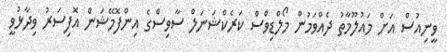
ވީނިއުސް އަށް މައުލޫމާތު ދެއްވަމުން މޯލްޑިވްސް ކަރެކްޝަނަލް ސާވިސްގެ އިންފޮމޭޝަން އޮފިސަރު ވިދާޅުވީ